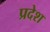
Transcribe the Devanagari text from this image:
प्रदेश्‍ा